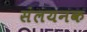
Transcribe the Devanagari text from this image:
संलयनक